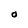
Character: O